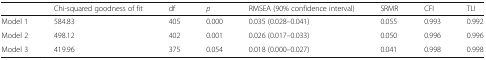
<table><thead><tr><td>[EMPTY_CELL]</td><td><b>Chi-squared goodness of fit</b></td><td><b>df</b></td><td><b><i>p</i></b></td><td><b>RMSEA (90% confidence interval)</b></td><td><b>SRMR</b></td><td><b>CFI</b></td><td><b>TLI</b></td></tr></thead><tbody><tr><td>Model 1</td><td>584.83</td><td>405</td><td>0.000</td><td>0.035 (0.028–0.041)</td><td>0.055</td><td>0.993</td><td>0.992</td></tr><tr><td>Model 2</td><td>498.12</td><td>402</td><td>0.001</td><td>0.026 (0.017–0.033)</td><td>0.050</td><td>0.996</td><td>0.996</td></tr><tr><td>Model 3</td><td>419.96</td><td>375</td><td>0.054</td><td>0.018 (0.000–0.027)</td><td>0.041</td><td>0.998</td><td>0.998</td></tr></tbody></table>